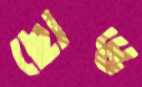
ছোড্ড